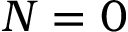
N = 0